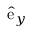
\hat { \mathrm { e } } _ { y }